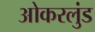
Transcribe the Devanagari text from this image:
ओकरलुंड